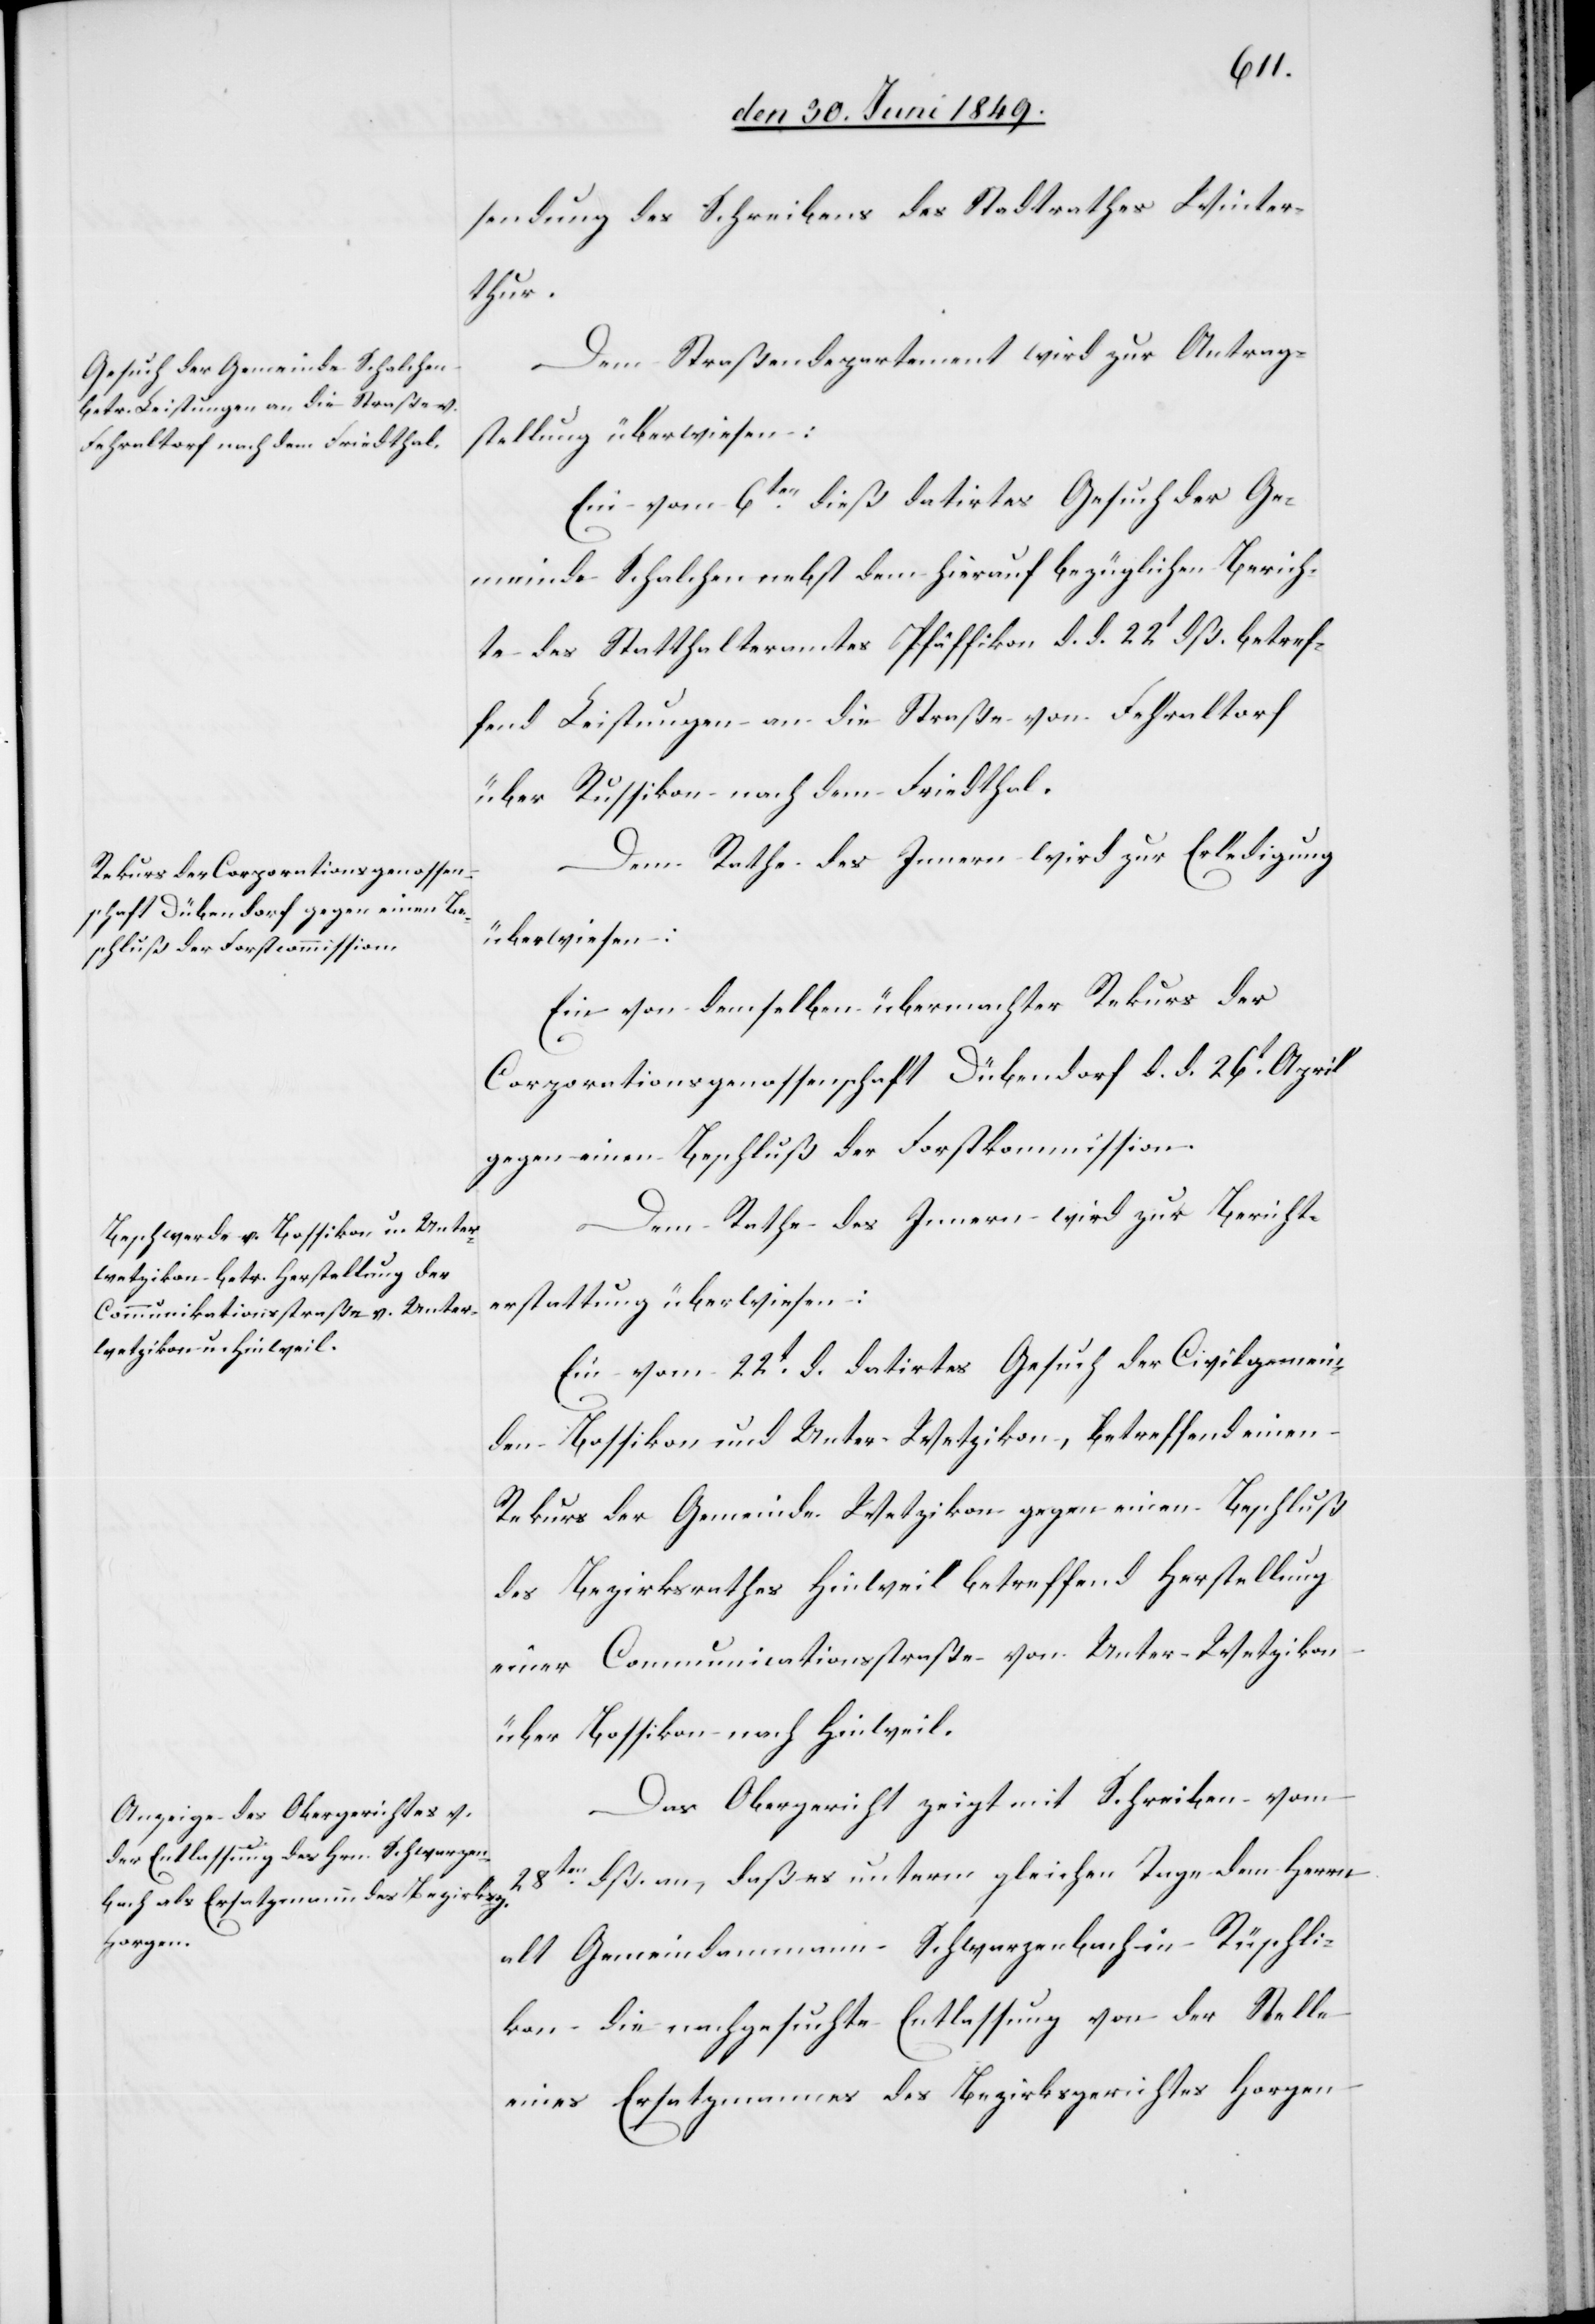
sendung des Schreibens des Stadtrathes Winter¬
thur.
Dem Straßendepartement wird zur Antrag¬
stellung überwiesen:
Ein vom 6ten dieß datirtes Gesuch der Ge¬
meinde Schalchen nebst dem hierauf bezüglichen Berich¬
te des Statthalteramtes Pfäffikon d. d. 22t dß. betref¬
fend Leistungen an die Straße von Fehraltorf
über Russikon nach dem Friedthal.
Dem Rathe des Innern wird zur Erledigung
überwiesen:
Ein von demselben übermachter Rekurs der
Corporationsgenossenschaft Dübendorf d. d. 26t April
gegen einen Beschluß der Forstkommission.
Dem Rathe des Innern wird zur Bericht¬
erstattung überwiesen:
Ein vom 22t d. datirtes Gesuch der Civilgemein¬
de Bassikon und Unter-Wetzikon, betreffend einen
Rekurs der Gemeinde Wetzikon gegen einen Beschluß
des Bezirksrathes Hinweil betreffend Herstellung
einer Communicationsstraße von Unter-Wetzikon
über Bassikon nach Hinweil.
Das Obergericht zeigt mit Schreiben vom
28ten dß. an, daß es unterm gleichen Tage dem Herrn
alt Gemeindammann Schwarzenbach in Rüschli¬
kon die nachgesuchte Entlassung von der Stelle
eines Ersatzmannes des Bezirksgerichtes Horgen